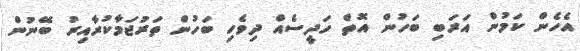
އެހެން ކަމުން އަރަބި ބަހުން އޮތް ހަދީސެއް ދިވެހި ބަހުން ތަރުޖަމާކުރާއިރު ބޭނުން